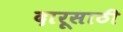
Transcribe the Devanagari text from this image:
दारूसाठी